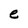
Character: e